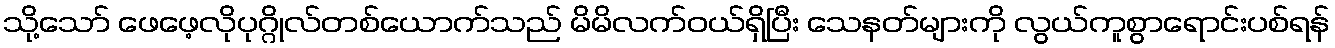
သို့သော် ဖေဖေ့လိုပုဂ္ဂိုလ်တစ်ယောက်သည် မိမိလက်ဝယ်ရှိပြီး သေနတ်များကို လွယ်ကူစွာရောင်းပစ်ရန်